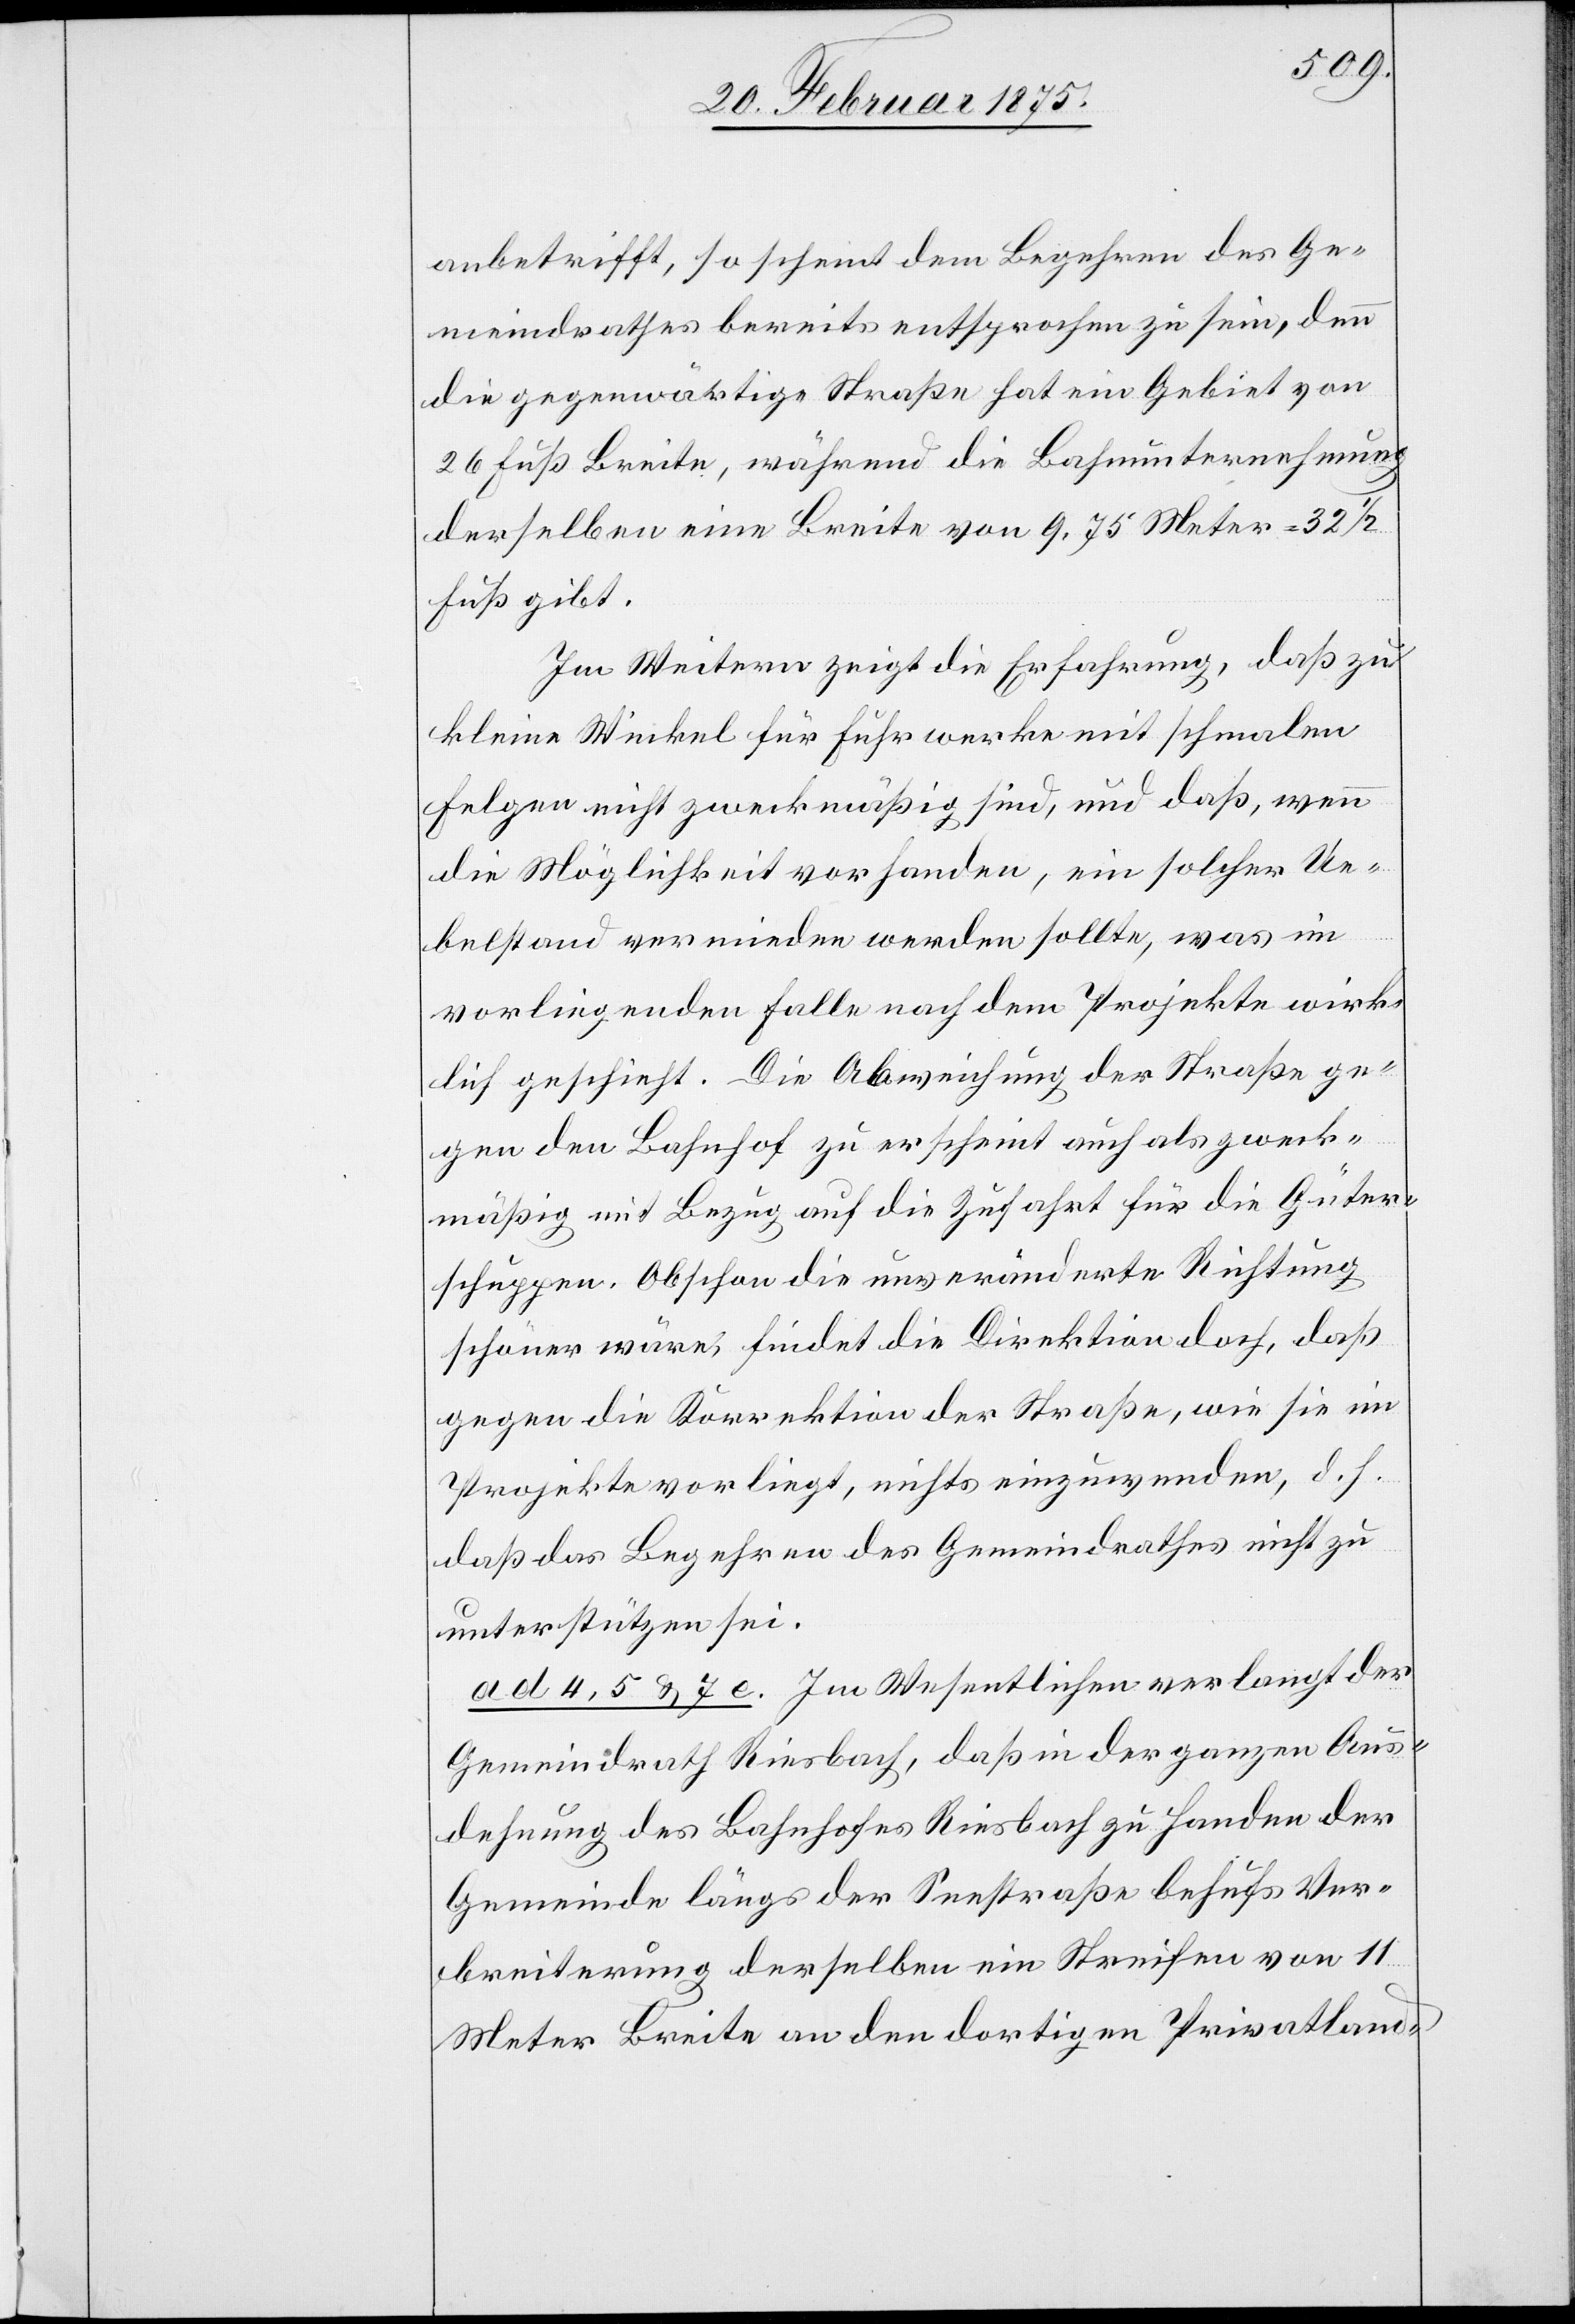
anbetrifft, so scheint dem Begehren des Ge¬
meindrathes bereits entsprochen zu sein, denn
die gegenwärtige Straße hat ein Gebiet von
26 Fuß Breite, während die Bahnunternehmung
derselben eine Breite von 9,75 Meter =32 1/2
Fuß gibt.
Im Weitern zeigt die Erfahrung, daß zu
kleine Winkel für Fuhrwerke mit schmalen
Felgen nicht zweckmäßig sind, und daß, wenn
die Möglichkeit vorhanden, ein solcher Ue¬
belstand vermeiden werden sollte, was im
vorliegenden Falle nach dem Projekte wirk¬
lich geschieht. Die Abweichung der Straße ge¬
gen den Bahnhof zu erscheint auch als zweck¬
mäßig mit Bezug auf die Zufahrt für die Güter¬
schuppen. Obschon die unveränderte Richtung
schöner wäre, findet die Direktion doch, daß
gegen die Korrektion der Straße, wie sie im
Projekte vorliegt, nichts einzuwenden, d. h.
daß das Begehren des Gemeindrathes nicht zu
unterstützten sei.
ad 4, 5 u. 7 c. Im Wesentlichen verlangt der
Gemeindrath Riesbach, daß in der ganzen Aus¬
dehnung des Bahnhofes Riesbach zu Handen der
Gemeinde längs der Seestraße behufs Ver¬
breiterung derselben ein Streifen von 11
Meter Breite an den dortigen Privatland-